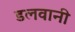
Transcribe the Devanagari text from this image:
डलवानी